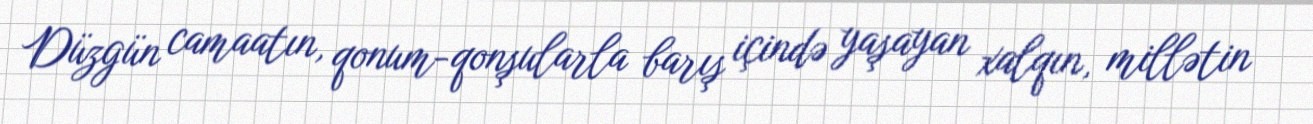
Düzgün camaatın, qonum-qonşularla barış içində yaşayan xalqın, millətin